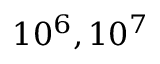
1 0 ^ { 6 } , 1 0 ^ { 7 }